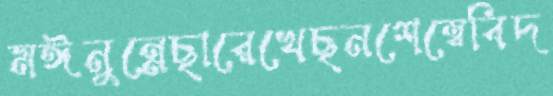
মঈনুন্নেছারেখেছনশেম্বেবিদ